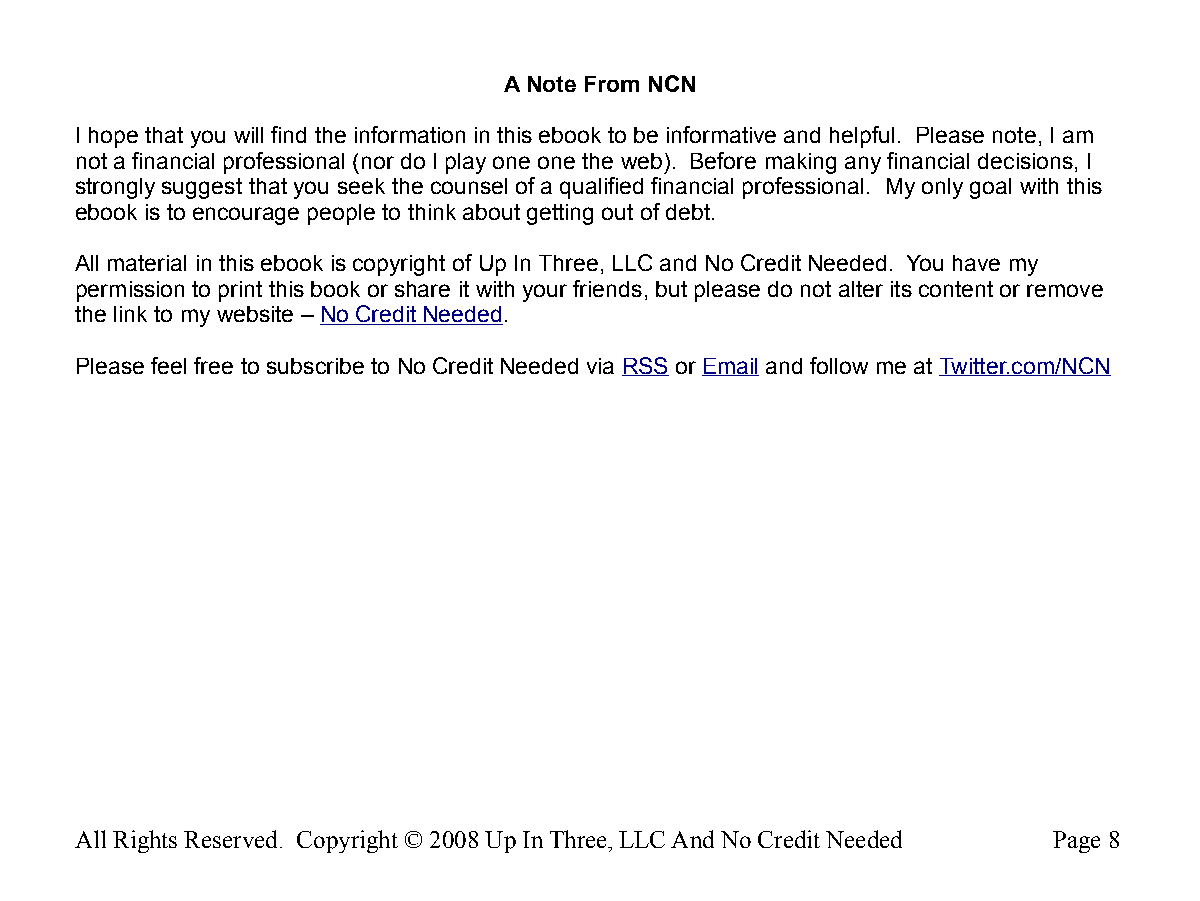
A Note From NCN
 I hope that you will find the information in this ebook to be informative and helpful. Please note, I am
 not a financial professional (nor do I play one one the web). Before making any financial decisions, I
 strongly suggest that you seek the counsel of a qualified financial professional. My only goal with this
 ebook is to encourage people to think about getting out of debt.
 All material in this ebook is copyright of Up In Three, LLC and No Credit Needed. You have my
 permission to print this book or share it with your friends, but please do not alter its content or remove
 the link to my website – No Credit Needed.
 Please feel free to subscribe to No Credit Needed via RSS or Email and follow me at Twitter.com/NCN
 All Rights Reserved. Copyright © 2008 Up In Three, LLC And No Credit Needed Page 8